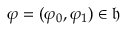
\varphi = ( \varphi _ { 0 } , \varphi _ { 1 } ) \in \mathfrak { h }